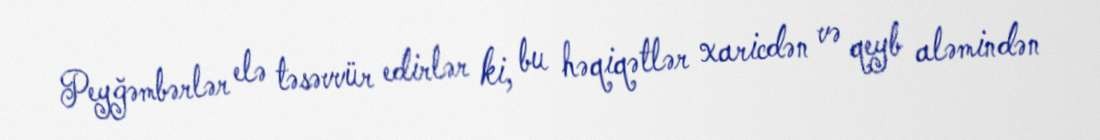
Peyğəmbərlər elə təsəvvür edirlər ki, bu həqiqətlər xaricdən və qeyb aləmindən